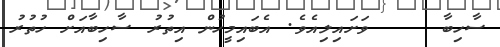
ސާހިބާ     ވަށައިލިއެވެ. އެބައިމީހުން އިތުރު ސާހިބާއަށް ހުތުރު